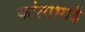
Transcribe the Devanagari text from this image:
कांताभाई